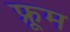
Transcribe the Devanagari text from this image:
फ्रूम